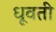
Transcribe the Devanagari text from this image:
धूवती